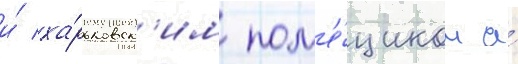
и́ ха́рьковск'им пом'е́щиком а́